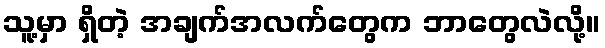
သူ့မှာ ရှိတဲ့ အချက်အလက်တွေက ဘာတွေလဲလို့။